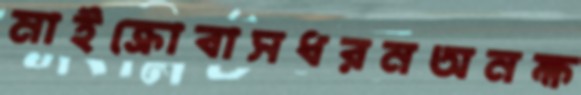
মাইক্রোবাসধরনঅনক্ষ